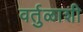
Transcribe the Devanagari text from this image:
वर्तुळाशी